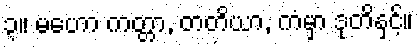
၃။ မဟော ကတ္တာ, တတိယာ, ကံမှာ ဒုတိနှင့်။